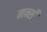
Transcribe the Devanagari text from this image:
मन्सी